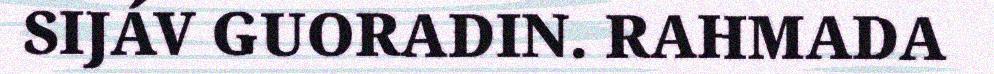
SIJÁV GUORADIN. RAHMADA